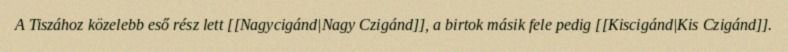
A Tiszához közelebb eső rész lett [[Nagycigánd|Nagy Czigánd]], a birtok másik fele pedig [[Kiscigánd|Kis Czigánd]].